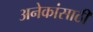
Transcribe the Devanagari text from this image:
अनेकांसाठी